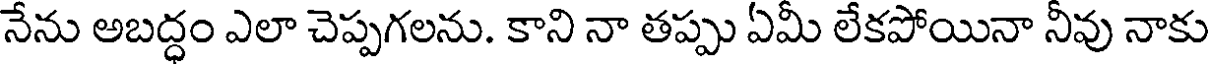
నేను అబద్ధం ఎలా చెప్పగలను. కాని నా తప్పు ఏమీ లేకపోయినా నీవు నాకు